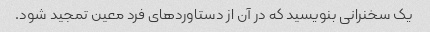
یک سخنرانی بنویسید که در آن از دستاوردهای فرد معین تمجید شود.